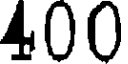
400